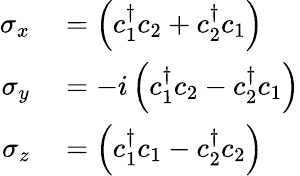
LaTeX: \begin{array}{rl}{\sigma_{x}}&{{}=\left(c_{1}^{\dagger}c_{2}+c_{2}^{\dagger}c_{1}\right)}\\ {\sigma_{y}}&{{}=-i\left(c_{1}^{\dagger}c_{2}-c_{2}^{\dagger}c_{1}\right)}\\ {\sigma_{z}}&{{}=\left(c_{1}^{\dagger}c_{1}-c_{2}^{\dagger}c_{2}\right)}\end{array}